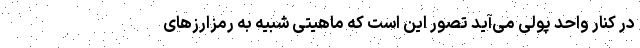
در کنار واحد پولی می‌آید تصور این است که ماهیتی شبیه به رمزارزهای